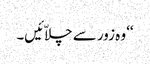
‘‘ وہ زور سے چلاّئیں۔